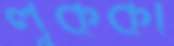
লুককা